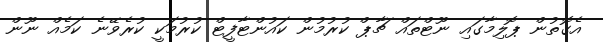
އެގޮތުން ޕޮލިމާގައި ނޫޓްތައް ޗާޕް ކުރުމުން ކައުންޓާފީޓް ކުރުމަކީ ކުރެވޭނެ ކަމެއް ނޫން